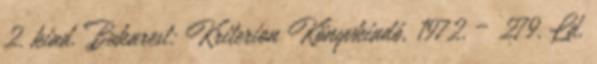
2. kiad. Bukarest: Kriterion Könyvkiadó, 1972. – 279. Ld.